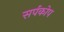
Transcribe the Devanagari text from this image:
सर्पकोप